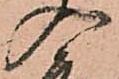
入